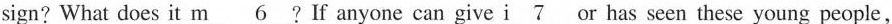
sign? What does it _m 6 ?If anyone can give i _7 or has seen these young people.